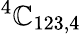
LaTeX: ^{4}{\cal\mathbb{C}}_{123,4}